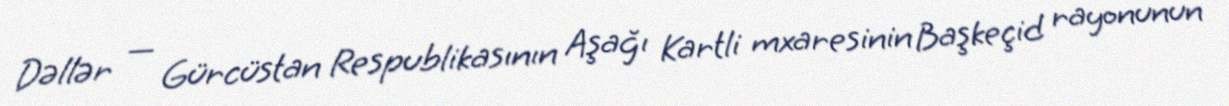
Dəllər — Gürcüstan Respublikasının Aşağı Kartli mxaresinin Başkeçid rayonunun